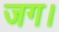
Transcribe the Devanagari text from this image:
जग।